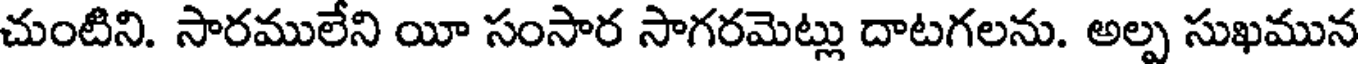
చుంటిని. సారములేని యీ సంసార సాగరమెట్లు దాటగలను. అల్ప సుఖమున